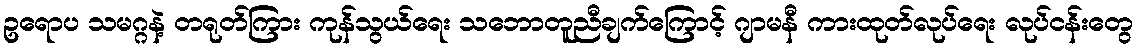
ဥရောပ သမဂ္ဂနဲ့ တရုတ်ကြား ကုန်သွယ်ရေး သဘောတူညီချက်ကြောင့် ဂျာမနီ ကားထုတ်လုပ်ရေး လုပ်ငန်းတွေ